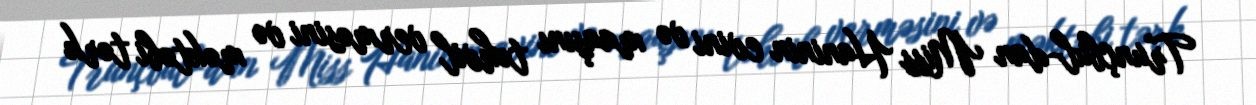
Trunçbul-dan Miss Haninin evini və maaşını təhvil verməsini və məktəbi tərk